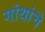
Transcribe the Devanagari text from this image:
गांथांचे